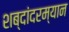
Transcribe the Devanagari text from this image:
शब्दांदरम्यान